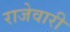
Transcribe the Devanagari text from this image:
राजेवारी